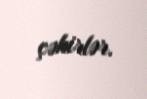
çəkirlər.